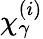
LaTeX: \chi_{\gamma}^{(i)}